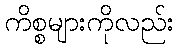
ကိစ္စများကိုလည်း